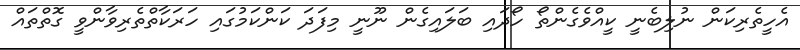
އެހީތެރިކަން ނުލިބެނީ ކީއްވެގެންތޯ ހޯދައި ބަލައިގެން ނޫނީ މިފަދަ ކަންކަމުގައި ހަރަކާތްތެރިވާންވީ ގޮތްތައް